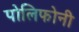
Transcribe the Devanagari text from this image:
पोलिफोनी